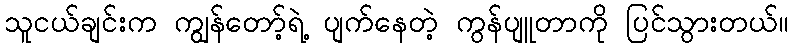
သူငယ်ချင်းက ကျွန်တော့်ရဲ့ ပျက်နေတဲ့ ကွန်ပျူတာကို ပြင်သွားတယ်။